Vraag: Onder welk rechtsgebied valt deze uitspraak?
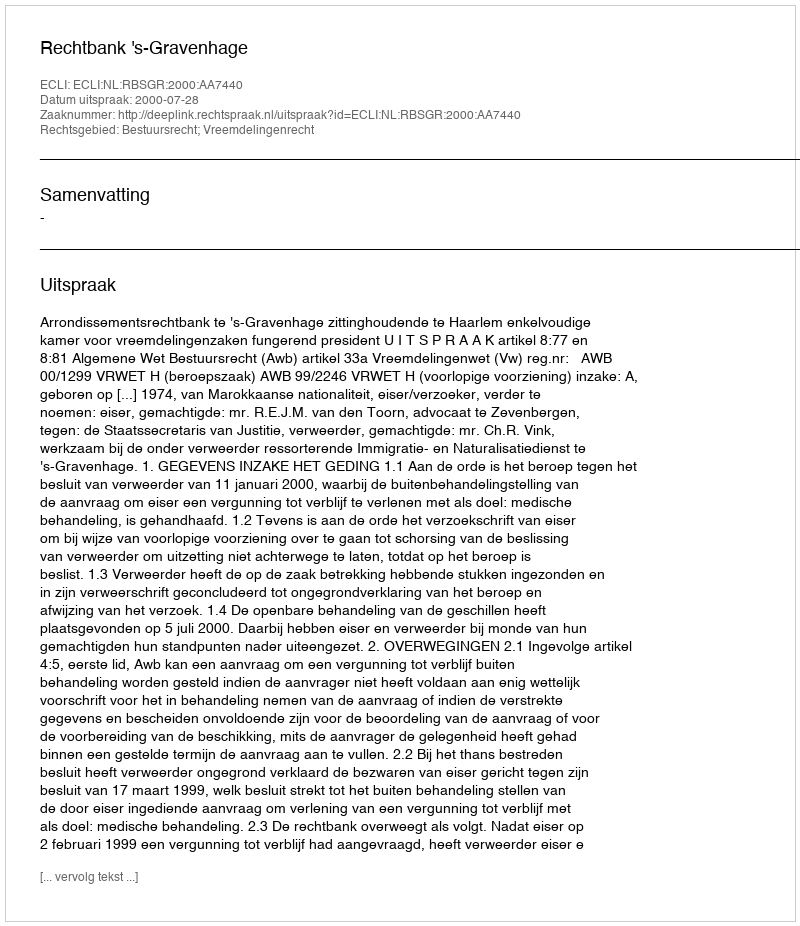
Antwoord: Bestuursrecht; Vreemdelingenrecht